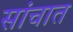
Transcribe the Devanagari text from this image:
सांचात